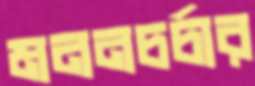
মননচর্চার